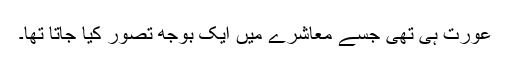
عورت ہی تھی جسے معاشرے میں ایک بوجھ تصور کیا جاتا تھا۔